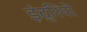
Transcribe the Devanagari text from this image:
इंद्रियो